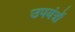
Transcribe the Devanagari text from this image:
उपयंत्रों